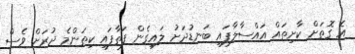
އެ ގޮތަށް ކާށިތައް އައްސާލާފައި ބަނޑުދަށު ލައިގެން ފަތާފައި ކިތަންމެ ދުރަށް ވެސް